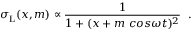
\sigma _ { \mathrm { L } } ( x , m ) \propto \frac { 1 } { 1 + ( x + m \ c o s \omega t ) ^ { 2 } } \ \; .